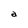
Character: a